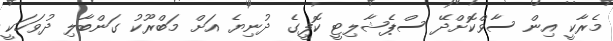
މެރާކީ އިން ސާވްކޮށްދޭ ސްޕެޝާލިޓީ ކޮފީގެ ދުނިޔެ އަށް މަބްރޫކު ގަންބާލި ދުވަހަކީ